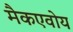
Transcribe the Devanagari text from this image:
मैकएवोय